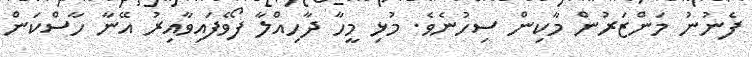
ފެނުނު މަންޒަރުން މާކިން ސިހުނެވެ. މުޅި މީހާ ދާހިއްލާ ފޯވެފައިވާއިރު އޭނާ ހާސްކަން